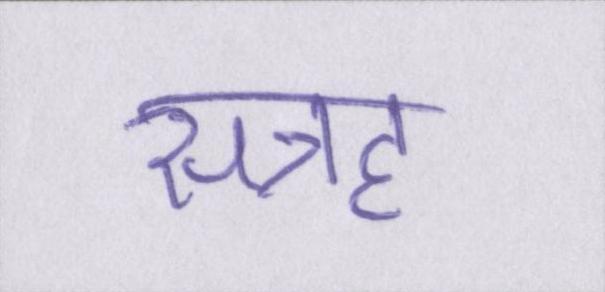
सत्रह